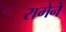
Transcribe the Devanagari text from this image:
रागेने